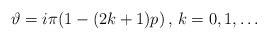
LaTeX: \begin{align*}\vartheta =i\pi (1-(2k+1)p)\, ,\, k=0,1,\ldots\end{align*}